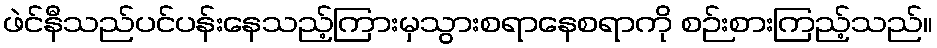
ဖဲင်နီသည်ပင်ပန်းနေသည့်ကြားမှသွားစရာနေစရာကို စဉ်းစားကြည့်သည်။